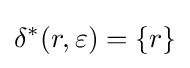
\delta ^{*}(r,\varepsilon )=\{r\}